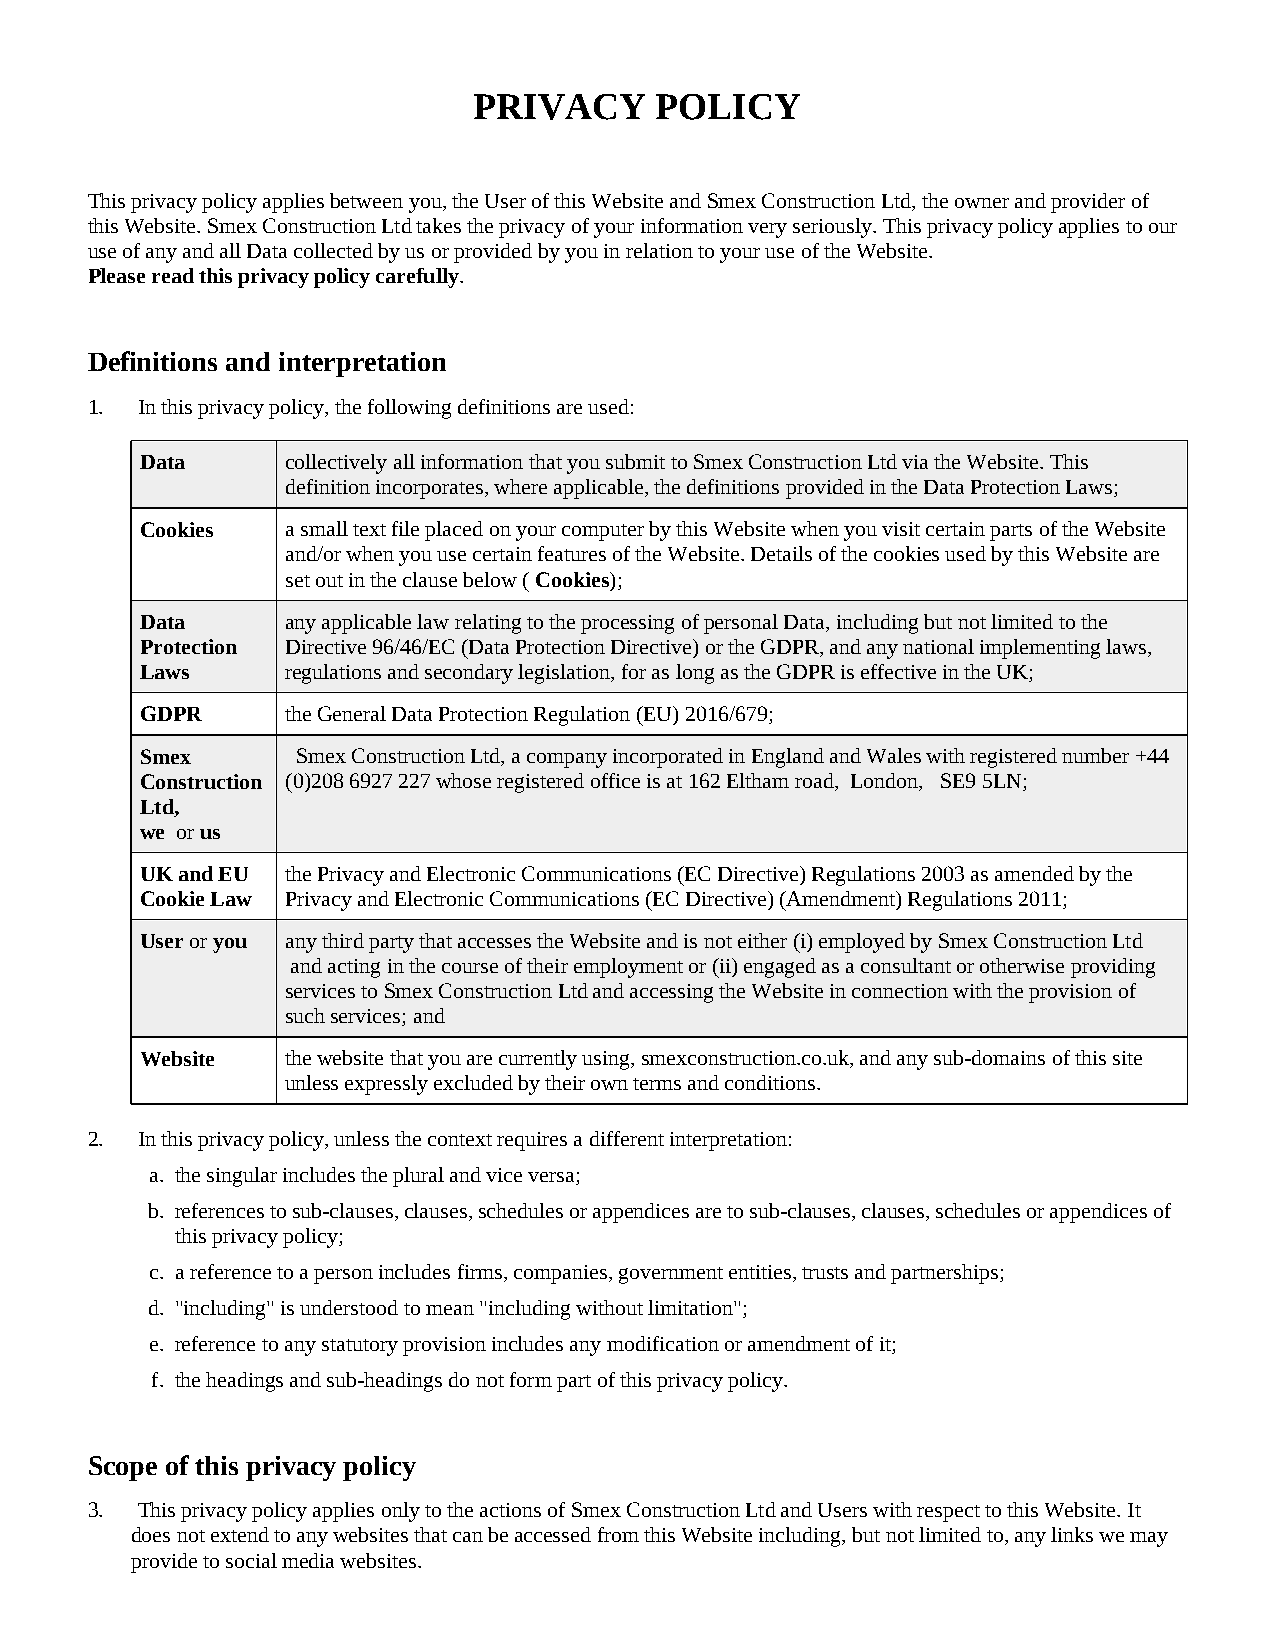
PRIVACY     POLICY
 This privacy policy applies between you, the User of this Website and Smex Construction Ltd, the owner and provider of
 this Website. Smex Construction Ltd takes the privacy of your information very seriously. This privacy policy applies to our
 use of any and all Data collected by us or provided by you in relation to your use of the Website.
 Please read this privacy policy carefully.
 Definitions and interpretation
 1. In this privacy policy, the following definitions are used:
 Data      collectively all information that you submit to Smex Construction Ltd via the Website. This
 definition incorporates, where applicable, the definitions provided in the Data Protection Laws;
 Cookies   a small text file placed on your computer by this Website when you visit certain parts of the Website
 and/or when you use certain features of the Website. Details of the cookies used by this Website are
 set out in the clause below ( Cookies);
 Data      any applicable law relating to the processing of personal Data, including but not limited to the
 Protection Directive 96/46/EC (Data Protection Directive) or the GDPR, and any national implementing laws,
 Laws      regulations and secondary legislation, for as long as the GDPR is effective in the UK;
 GDPR      the General Data Protection Regulation (EU) 2016/679;
 Smex       Smex Construction Ltd, a company incorporated in England and Wales with registered number +44
 Construction (0)208 6927 227 whose registered office is at 162 Eltham road, London, SE9 5LN;
 Ltd,
 we or us
 UK and EU the Privacy and Electronic Communications (EC Directive) Regulations 2003 as amended by the
 Cookie Law Privacy and Electronic Communications (EC Directive) (Amendment) Regulations 2011;
 User or you any third party that accesses the Website and is not either (i) employed by Smex Construction Ltd
 and acting in the course of their employment or (ii) engaged as a consultant or otherwise providing
 services to Smex Construction Ltd and accessing the Website in connection with the provision of
 such services; and
 Website   the website that you are currently using, smexconstruction.co.uk, and any sub-domains of this site
 unless expressly excluded by their own terms and conditions.
 2. In this privacy policy, unless the context requires a different interpretation:
 a. the singular includes the plural and vice versa;
 b. references to sub-clauses, clauses, schedules or appendices are to sub-clauses, clauses, schedules or appendices of
 this privacy policy;
 c. a reference to a person includes firms, companies, government entities, trusts and partnerships;
 d. "including" is understood to mean "including without limitation";
 e. reference to any statutory provision includes any modification or amendment of it;
 f. the headings and sub-headings do not form part of this privacy policy.
 Scope of this privacy policy
 3. This privacy policy applies only to the actions of Smex Construction Ltd and Users with respect to this Website. It
 does not extend to any websites that can be accessed from this Website including, but not limited to, any links we may
 provide to social media websites.